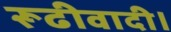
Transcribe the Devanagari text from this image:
रूढीवादी।